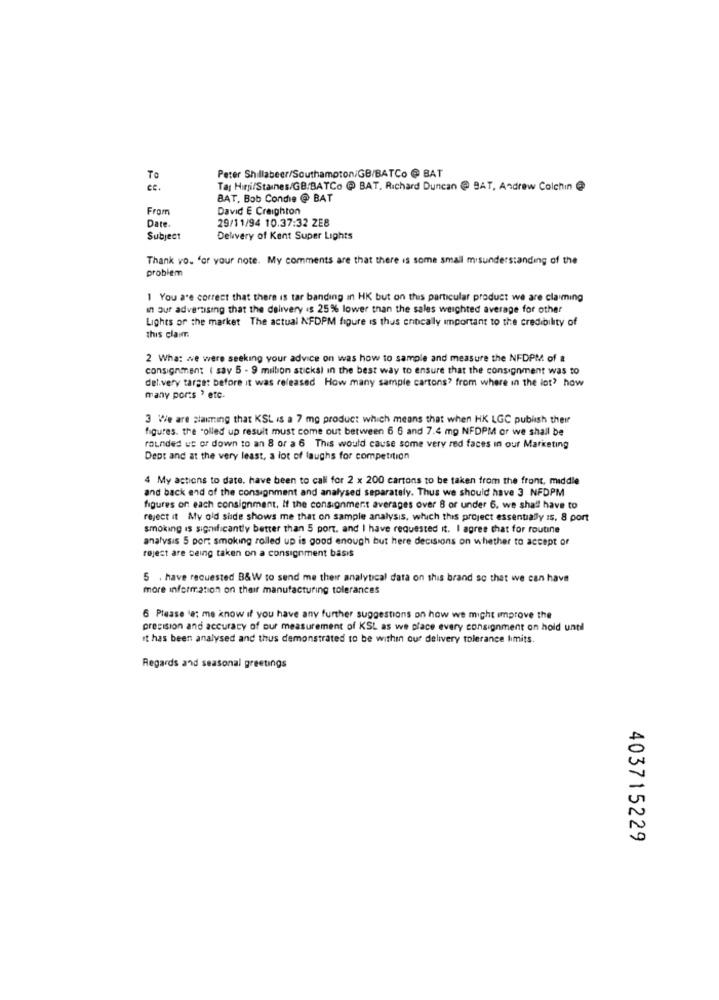
Peter Shillabeer/Southampton/GB/BATCo @ BAT
To
ce.
Ta Hirji/Staines/GB/BATCo @ BAT, Richard Duncan @ BAT, Andrew Colchin @
BAT, Bob Condie @ BAT
From
David E Creighton
Date
29/11/94 10.37:32 ZE8
Subject
Delivery of Kent Super Lights
Thank vo. for your note. My comments are that there is some small misunderstanding of the
problem
1 You are correct that there is tar banding an HK but on this particular product we are claiming
in Our advertising that the delivery is 25% lower than the sales weighted average for other
Lights or the market The actual NFDPM figure is thus critically important to the credibility of
this claimr.
2 What we were seeking your advice on was how to sample and measure the NFDPM of &
consignment ( say 5 - 9 milbon sticks) in the best way to ensure that the consignment was to
del.very target before it was released How many sample cartons? from where in the lot? how
many ports , etc.
3 We are staining that KSL is a 7 mg product which means that when HK LGC publish their
figures. the rolled up result must come out between 6 6 and 7.4 mg NFDPM or we shall be
rounded us or down to an 8 or a 6 This would cause some very red faces in our Marketing
Dept and at the very least, a lot of laughs for competition
4 My actions to date, have been to call for 2 x 200 cartons to be taken from the front, middle
and back end of the consignment and analysed separately. Thus we should have 3 NFDPM
figures on each consignment. If the consignment averages over 8 or under 6. we shall have to
reject it My old side shows me that on sample analysis, which this project essentially Is, 8 port
smoking is significantly better than 5 port. and I have requested it. I agree that for routine
analysis 5 por: smoking rolled up is good enough but here decisions on whether to accept of
reject are being taken on a consignment basis
5 . have requested B&W to send me their analytical data on this brand so that we can have
more information on their manufacturing tolerances
6 Please la: me know if you have any further suggestions on how we might improve the
precision and accuracy of our measurement of KSL as we place every consignment on hold until
it has been analysed and thus demonstrated to be within our delivery tolerance Imits.
Regards and seasonal greetings
403715229